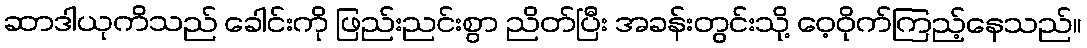
ဆာဒါယုကိသည် ခေါင်းကို ဖြည်းညင်းစွာ ညိတ်ပြီး အခန်းတွင်းသို့ ဝေ့ဝိုက်ကြည့်နေသည်။